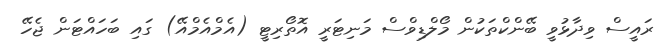
ރައީސް ވިދާޅުވީ ބޭންކްތަކުން މޯލްޑިވްސް މަނިޓަރީ އޮތޯރިޓީ (އެމްއެމްއޭ) ގައި ބަހައްޓަން ޖެހޭ